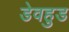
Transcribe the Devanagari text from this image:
डेवहुड